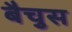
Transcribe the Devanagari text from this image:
बैचुस